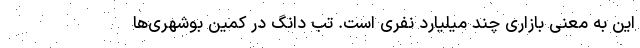
این به معنی بازاری چند میلیارد نفری است. تب دانگ در کمین بوشهری‌ها‌‌